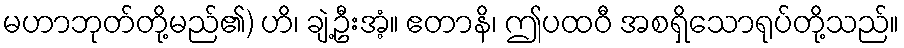
မဟာဘုတ်တို့မည်၏) ဟိ၊ ချဲ့ဦးအံ့။ ဧတာနိ၊ ဤပထဝီ အစရှိသောရုပ်တို့သည်။